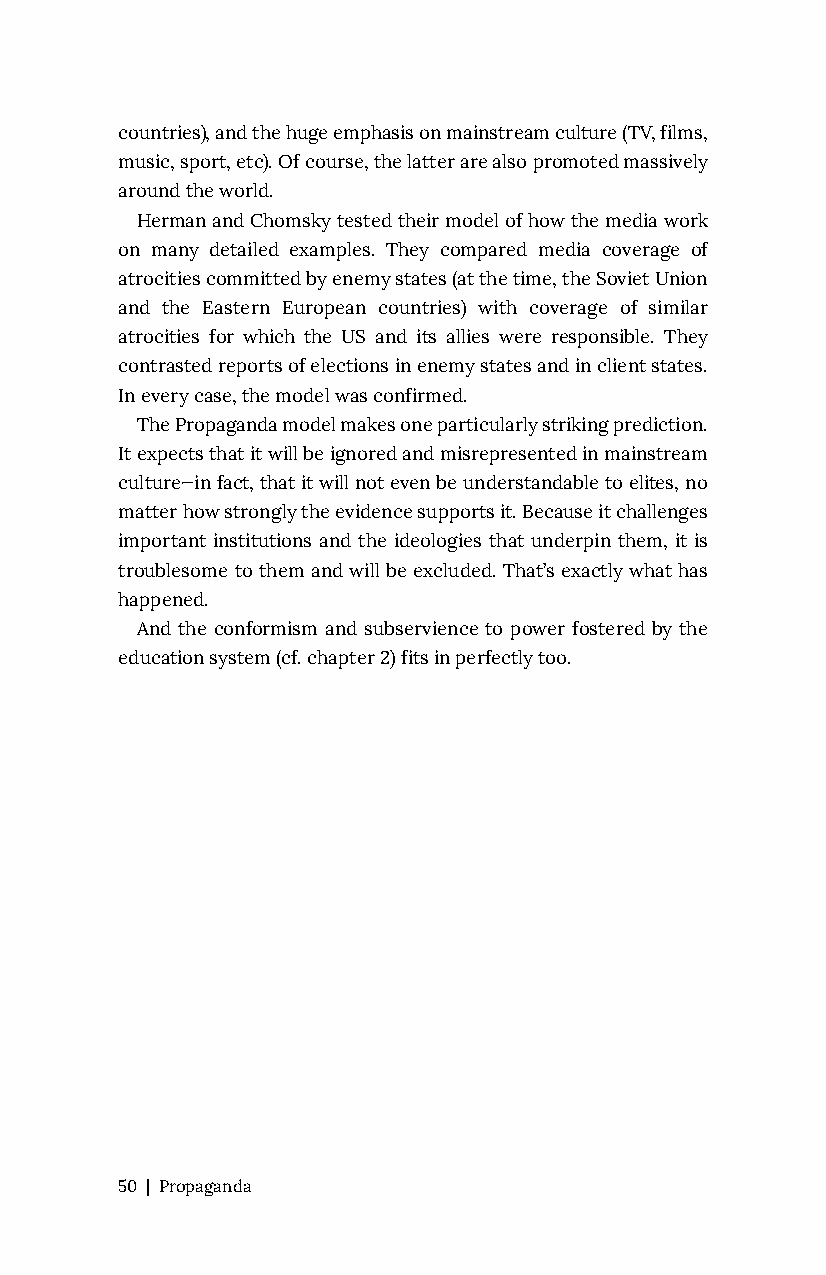
countries), and the huge emphasis on mainstream culture (TV, films,
 music, sport, etc). Of course, the latter are also promoted massively
 around the world.
 Herman and Chomsky tested their model of how the media work
 on many detailed examples. They compared media coverage of
 atrocities committed by enemy states (at the time, the Soviet Union
 and the Eastern European countries) with coverage of similar
 atrocities for which the US and its allies were responsible. They
 contrasted reports of elections in enemy states and in client states.
 In every case, the model was confirmed.
 The Propaganda model makes one particularly striking prediction.
 It expects that it will be ignored and misrepresented in mainstream
 culture—in fact, that it will not even be understandable to elites, no
 matter how strongly the evidence supports it. Because it challenges
 important institutions and the ideologies that underpin them, it is
 troublesome to them and will be excluded. That’s exactly what has
 happened.
 And the conformism and subservience to power fostered by the
 education system (cf. chapter 2) fits in perfectly too.
 50 | Propaganda